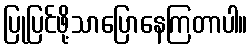
ပြုပြင်ဖို့သာပြောနေကြတာပါ။